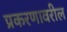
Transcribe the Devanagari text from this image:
प्रकरणावरील